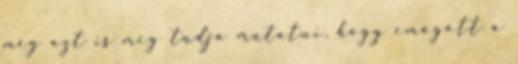
még azt is meg tudja mutatni, hogy emögött a